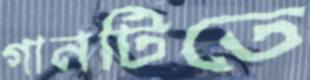
গানটিতে